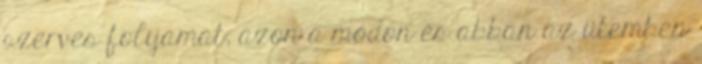
szerves folyamat, azon a módon és abban az ütemben